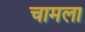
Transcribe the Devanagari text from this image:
चामला